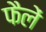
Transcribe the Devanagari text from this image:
फैलें